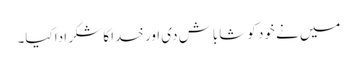
میں نے خود کو شاباش دی اور خدا کا شکر ادا کیا۔